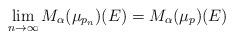
LaTeX: \begin{align*} \lim_{n \to \infty} M_\alpha(\mu_{p_n})(E) = M_\alpha(\mu_p)(E) \end{align*}